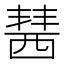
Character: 𧟷